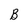
Character: B